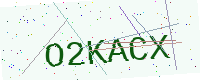
Text: O2KACX